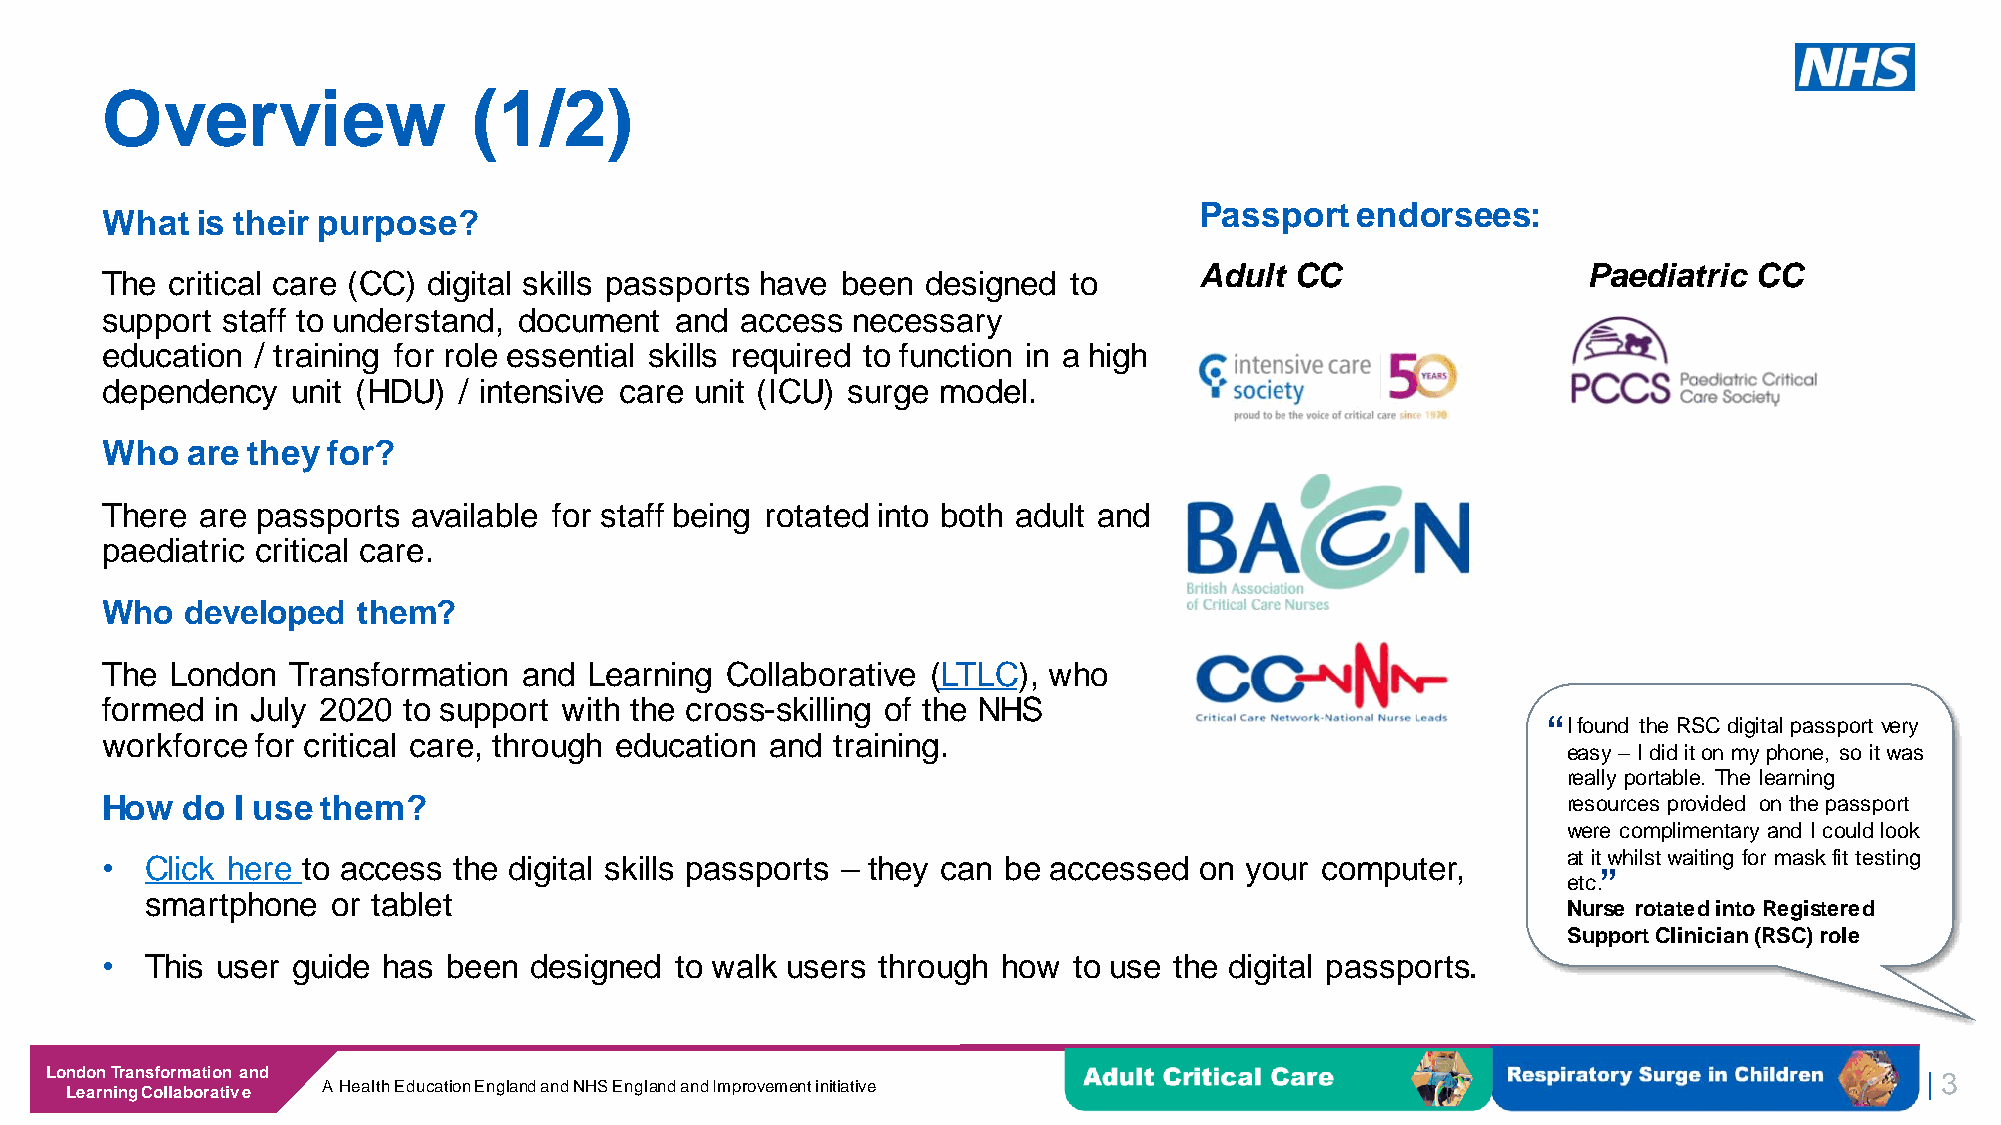
Overview                (1/2)
 Passport   endorsees:
 What  is their purpose?
 Adult  CC                 Paediatric CC
 The critical care (CC) digital skills passports have been designed to
 support staff to understand, document and access necessary
 education / training for role essential skills required to function in a high
 dependency  unit (HDU) / intensive care unit (ICU) surge model.
 Who  are they  for?
 There are passports available for staff being rotated into both adult and
 paediatric critical care.
 Who  developed   them?
 The London  Transformation  and Learning Collaborative (LTLC), who
 formed in July 2020 to support with the cross-skilling of the NHS
 “I found the RSC digital passport very
 workforce for critical care, through education and training.
 easy – I did it on my phone, so it was
 really portable. The learning
 How  do  I use them?                                                                             resources provided on the passport
 were complimentary and I could look
 •  Click here to access the digital skills passports – they can be accessed on your computer,    at it“ whilst waiting for mask fit testing
 etc.
 smartphone  or tablet
 Nurse rotated into Registered
 Support Clinician (RSC) role
 •  This user guide has been designed  to walk users through how to use the digital passports.
 London Transformation and
 | 3
 Learning Collaborative A Health Education England and NHS England and Improvement initiative